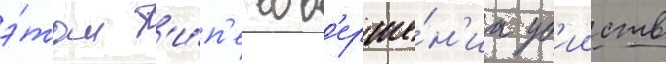
э́том т'и́п'е сов'ерше́н'иа уб'ииств